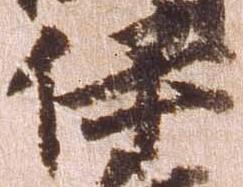
伊